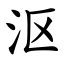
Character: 沤